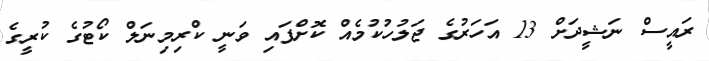
ރައީސް ނަޝީދަށް 13 އަހަރުގެ ޖަލުހުކުމެއް ކޮށްފައި ވަނީ ކްރިމިނަލް ކޯޓުގެ ކުރީގެ